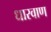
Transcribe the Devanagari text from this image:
धारवाण